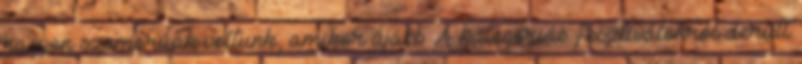
nagyon szomorúak voltunk, amikor újabb A kategóriás fesztiválokról derült